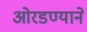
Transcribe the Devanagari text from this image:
ओरडण्याने